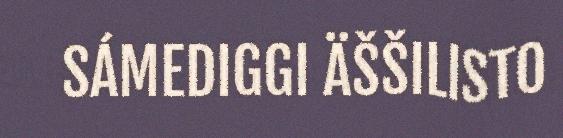
SÁMEDIGGI ÄŠŠILISTO